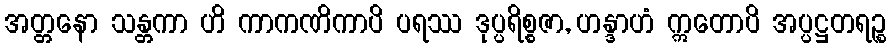
အတ္တနော သန္တကာ ဟိ ကာကဏိကာပိ ပရဿ ဒုပ္ပရိစ္စဇာ, ဟန္ဒာဟံ ဣတောပိ အပ္ပဋ္ဌတရဉ္စ